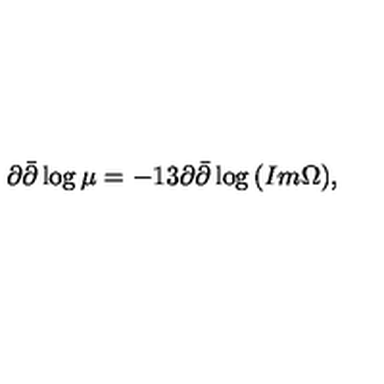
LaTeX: \partial \bar { \partial } \log { \mu } = - 1 3 \partial \bar { \partial } \log { ( I m \Omega ) } ,